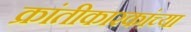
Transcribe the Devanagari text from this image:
क्रांतीकारकांच्या